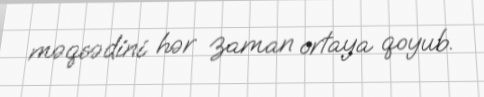
məqsədini hər zaman ortaya qoyub.